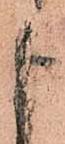
申